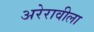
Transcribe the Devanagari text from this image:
अरेरावीला